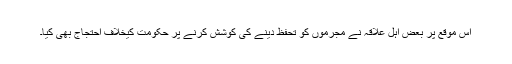
اس موقع پر بعض اہل علاقہ نے مجرموں کو تحفظ دینے کی کوشش کرنے پر حکومت کیخلاف احتجاج بھی کیا۔